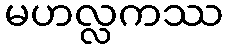
မဟလ္လကဿ